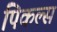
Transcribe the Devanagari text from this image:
पिकल्स